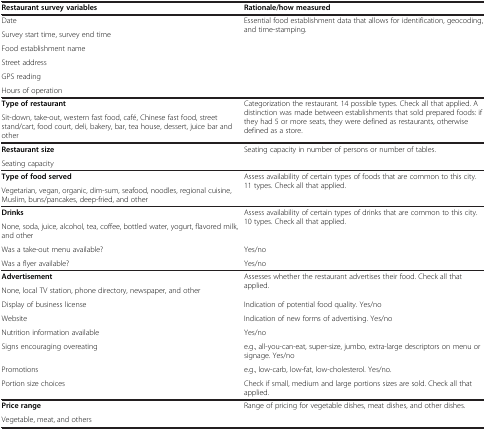
| Restaurant survey variables | Rationale/how measured |
 | --- | --- |
 | Date | <ROWSPAN=6> Essential food establishment data that allows for identification, geocoding, and time-stamping. |
 | Survey start time, survey end time |
 | Food establishment name |
 | Street address |
 | GPS reading |
 | Hours of operation |
 | Type of restaurant | <ROWSPAN=2> Categorization the restaurant. 14 possible types. Check all that applied. A distinction was made between establishments that sold prepared foods: if they had 5 or more seats, they were defined as restaurants, otherwise defined as a store. |
 | Sit-down, take-out, western fast food, café, Chinese fast food, street stand/cart, food court, deli, bakery, bar, tea house, dessert, juice bar and other |
 | Restaurant size | <ROWSPAN=2> Seating capacity in number of persons or number of tables. |
 | Seating capacity |
 | Type of food served | <ROWSPAN=2> Assess availability of certain types of foods that are common to this city. 11 types. Check all that applied. |
 | Vegetarian, vegan, organic, dim-sum, seafood, noodles, regional cuisine, Muslim, buns/pancakes, deep-fried, and other |
 | Drinks | <ROWSPAN=2> Assess availability of certain types of drinks that are common to this city. 10 types. Check all that applied. |
 | None, soda, juice, alcohol, tea, coffee, bottled water, yogurt, flavored milk, and other |
 | Was a take-out menu available? | Yes/no |
 | Was a flyer available? | Yes/no |
 | Advertisement | <ROWSPAN=2> Assesses whether the restaurant advertises their food. Check all that applied. |
 | None, local TV station, phone directory, newspaper, and other |
 | Display of business license | Indication of potential food quality. Yes/no |
 | Website | Indication of new forms of advertising. Yes/no |
 | Nutrition information available | Yes/no |
 | Signs encouraging overeating | e.g., all-you-can-eat, super-size, jumbo, extra-large descriptors on menu or signage. Yes/no |
 | Promotions | e.g., low-carb, low-fat, low-cholesterol. Yes/no. |
 | Portion size choices | Check if small, medium and large portions sizes are sold. Check all that applied. |
 | Price range | <ROWSPAN=2> Range of pricing for vegetable dishes, meat dishes, and other dishes. |
 | Vegetable, meat, and others |